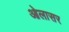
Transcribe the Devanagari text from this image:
ओलासर